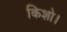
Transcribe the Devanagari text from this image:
किशो।